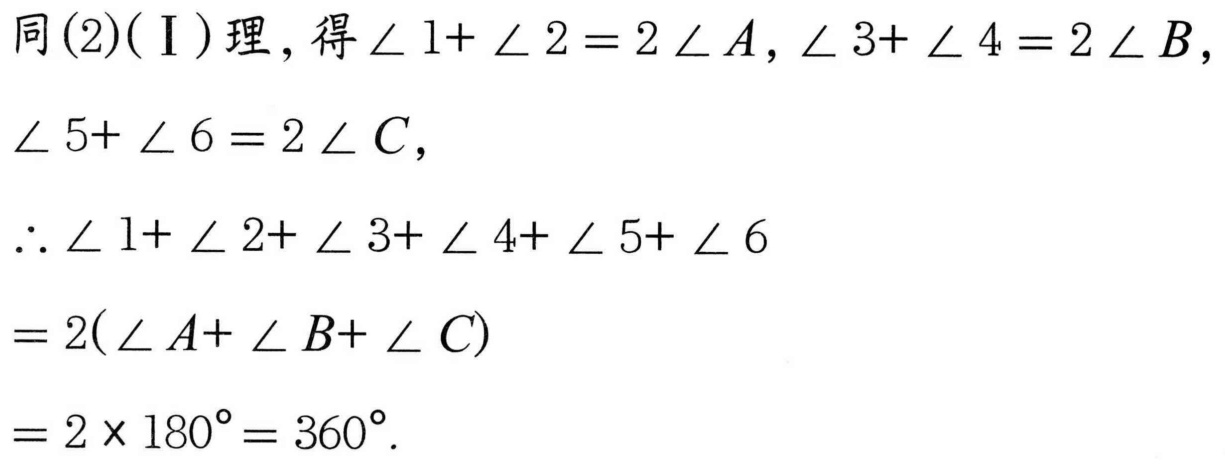
同(2)(Ⅰ)理，得\(\angle 1+ \angle 2 = 2\angle A\)，\(\angle 3+ \angle 4 = 2\angle B\)，
\(\angle 5+ \angle 6 = 2\angle C\)，
\(\therefore \angle 1+ \angle 2+ \angle 3+ \angle 4+ \angle 5+ \angle 6\)
\(= 2(\angle A+ \angle B+ \angle C)\)
\(= 2\times 180^{\circ}= 360^{\circ}\).